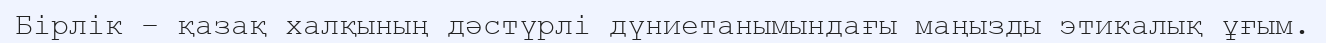
Бірлік – қазақ халқының дәстүрлі дүниетанымындағы маңызды этикалық ұғым.